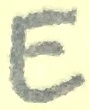
Text: E